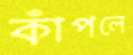
কাঁপলে